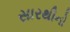
સારથીનો